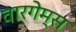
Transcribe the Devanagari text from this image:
वारगेम्स